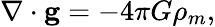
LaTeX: \nabla\cdot\mathbf{g}=-4\pi G\rho_{m},